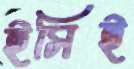
ইসিই